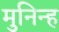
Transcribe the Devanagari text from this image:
मुनिन्ह